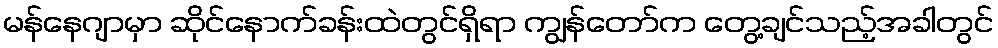
မန်နေဂျာမှာ ဆိုင်နောက်ခန်းထဲတွင်ရှိရာ ကျွန်တော်က တွေ့ချင်သည့်အခါတွင်